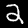
Digit: 2